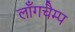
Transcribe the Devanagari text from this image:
लॉंगचैम्प